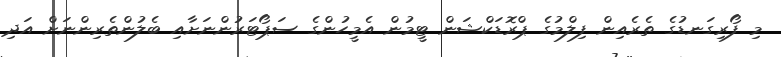
މި ފޯރިގަނޑުގެ ތެރެއިން ފިލްމުގެ ޕްރޮޑަކްޝަން ޓީމުން އެމީހުންގެ ސަޕޯޓަރުންނަށާއި ބެލުންތެރިންނަށް އަދި